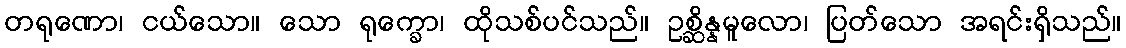
တရုဏော၊ ငယ်သော။ သော ရုက္ခော၊ ထိုသစ်ပင်သည်။ ဥစ္ဆိန္နမူလော၊ ပြတ်သော အရင်းရှိသည်။